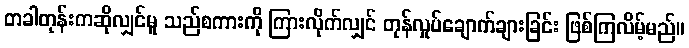
တခါတုန်းကဆိုလျှင်မူ သည်စကားကို ကြားလိုက်လျှင် တုန်လှုပ်ချောက်ချားခြင်း ဖြစ်ကြလိမ့်မည်။